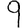
Digit: 9